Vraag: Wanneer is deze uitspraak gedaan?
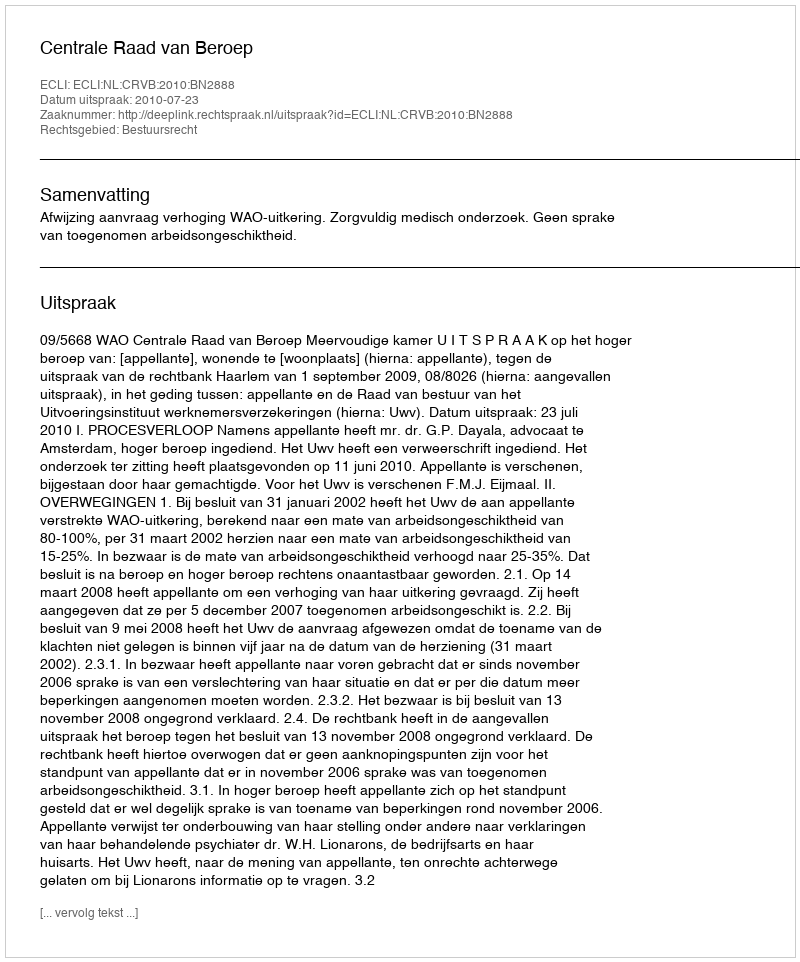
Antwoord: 2010-07-23